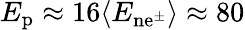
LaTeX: E_{\mathrm{p}}\approx 16\langle E_{\mathrm{n{e}^{\pm}}}\rangle\approx 80